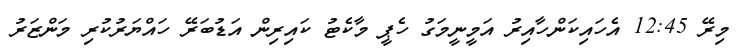
މިރޭ 12:45 އެހައިކަންހާއިރު އަމީނީމަގު ހެޕީ މާކެޓު ކައިރިން އަޑުބަރޭ ހައްޔަރުކުރި މަންޒަރު